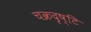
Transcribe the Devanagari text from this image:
चक्रदृष्टि